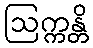
ဩက္ကန္တိ